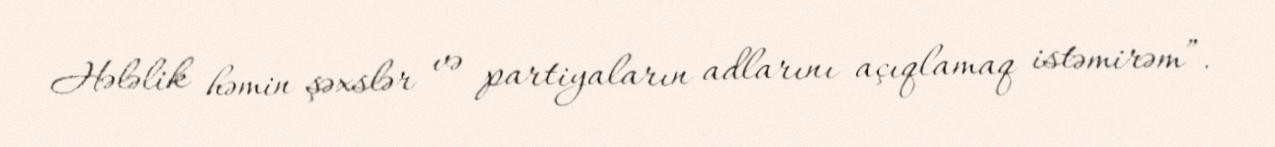
Hələlik həmin şəxslər və partiyaların adlarını açıqlamaq istəmirəm”.